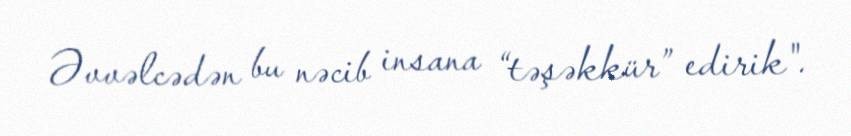
Əvvəlcədən bu nəcib insana “təşəkkür” edirik".